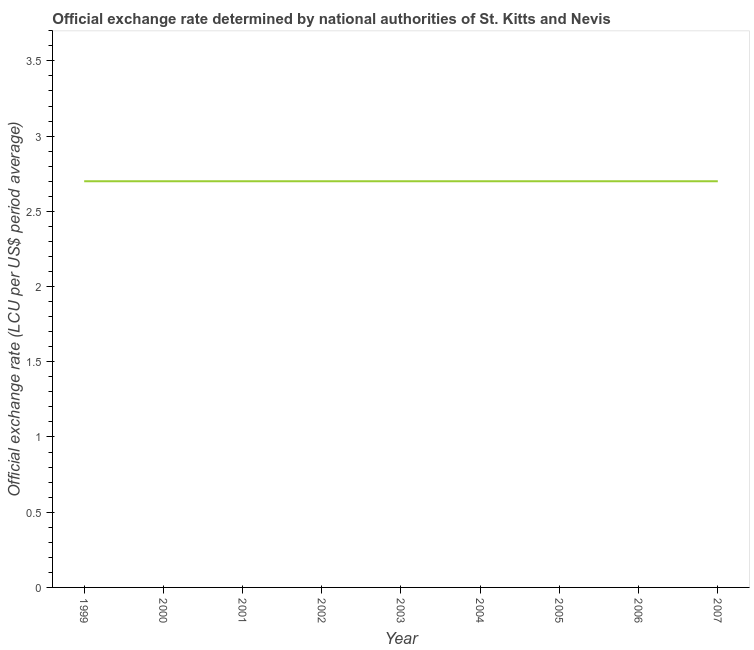
| Year | Official exchange rate |
 | --- | --- |
 | 1999 | 2.7 |
 | 2000 | 2.7 |
 | 2001 | 2.7 |
 | 2002 | 2.7 |
 | 2003 | 2.7 |
 | 2004 | 2.7 |
 | 2005 | 2.7 |
 | 2006 | 2.7 |
 | 2007 | 2.7 |